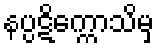
နပ္ပဋိက္ကောသိမှ